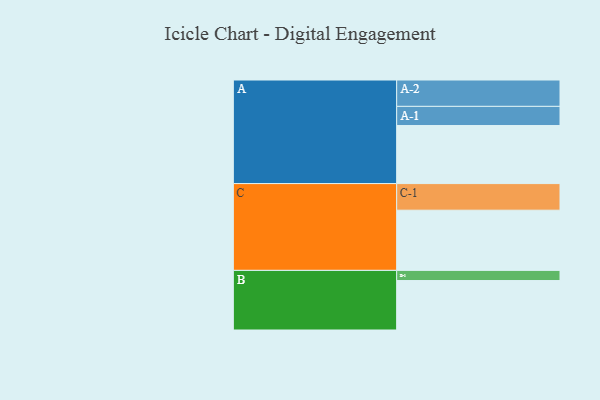
{"axis": {"x": "Segment", "y": "Value"}, "legend": ["", "A", "B", "C"], "data": [{"x": "A", "y": 498, "type": ""}, {"x": "B", "y": 424, "type": ""}, {"x": "C", "y": 516, "type": ""}, {"x": "A-1", "y": 164, "type": "A"}, {"x": "A-2", "y": 226, "type": "A"}, {"x": "B-1", "y": 87, "type": "B"}, {"x": "C-1", "y": 228, "type": "C"}]}